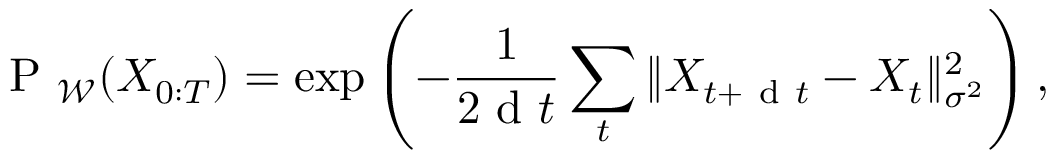
\mathrm { ~ P ~ } _ { \mathcal { W } } ( X _ { 0 : T } ) = \exp \left( - \frac { 1 } { 2 \mathrm { ~ d ~ } t } \sum _ { t } \| X _ { t + \mathrm { ~ d ~ } t } - X _ { t } \| _ { \sigma ^ { 2 } } ^ { 2 } \right) ,